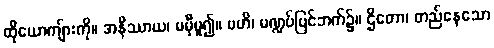
ထိုယောကျ်ားကို။ အနိဿာယ၊ မမှီမူ၍။ ဗဟိ၊ မဏ္ဍပ်ပြင်ဘက်၌။ ဌိတော၊ တည်နေသော